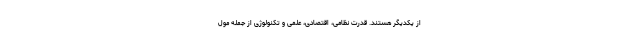
از یکدیگر هستند. قدرت نظامی، اقتصادی، علمی و تکنولوژی از جمله مول